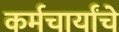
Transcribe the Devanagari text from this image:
कर्मचार्यांचे